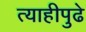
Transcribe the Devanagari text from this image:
त्याहीपुढे